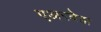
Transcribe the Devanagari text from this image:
एअरवेझ